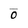
Character: 0